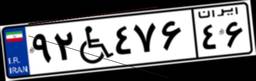
۹۲W۴۷۶۴۶